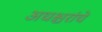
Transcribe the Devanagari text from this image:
अधश्चरांचे